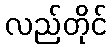
လည်တိုင်